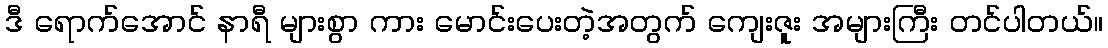
ဒီ ရောက်အောင် နာရီ များစွာ ကား မောင်းပေးတဲ့အတွက် ကျေးဇူး အများကြီး တင်ပါတယ်။